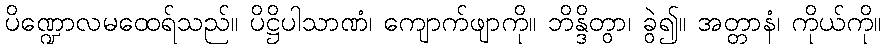
ပိဏ္ဍောလမထေရ်သည်။ ပိဋ္ဌိပါသာဏံ၊ ကျောက်ဖျာကို။ ဘိန္ဒိတွာ၊ ခွဲ၍။ အတ္တာနံ၊ ကိုယ်ကို။